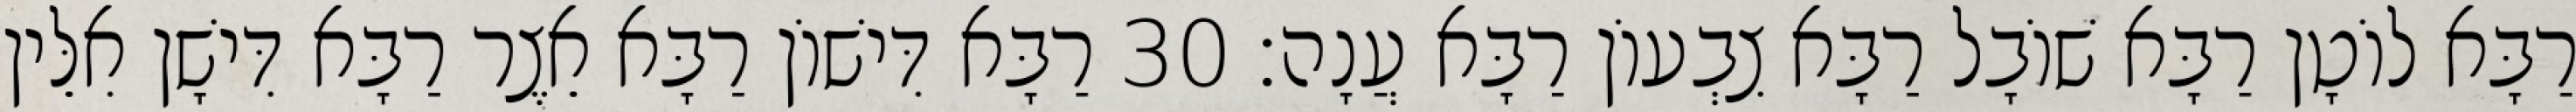
רַבָּא לוֹטָן רַבָּא שׁוֹבָל רַבָּא צִבְעוֹן רַבָּא עֲנָה׃ 30 רַבָּא דִּישׁוֹן רַבָּא אֵצֶר רַבָּא דִּישָׁן אִלֵּין